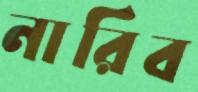
নারিব